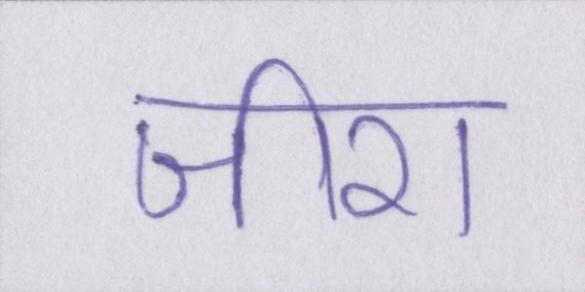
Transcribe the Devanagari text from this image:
जीरा